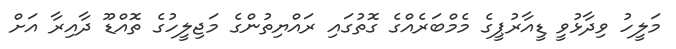
މަލީހު ވިދާޅުވީ ޑީއާރުޕީގެ މެމްބަރެއްގެ ގޮތުގައި ރައްޔިތުންގެ މަޖިލީހުގެ ތޮއްޑޫ ދާއިރާ އަށް